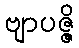
ဗျာပဇ္ဇိ